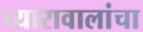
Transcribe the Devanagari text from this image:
व्यारावालांचा